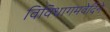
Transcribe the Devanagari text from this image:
विविधागमवेदिने